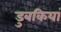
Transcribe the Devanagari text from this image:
डुबकियां